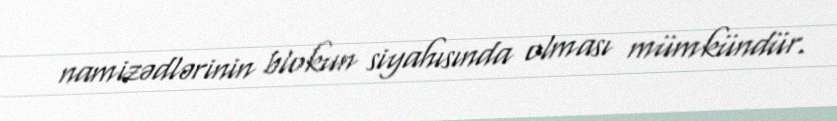
namizədlərinin blokun siyahısında olması mümkündür.